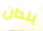
بلدان